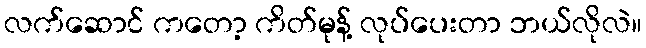
လက်ဆောင် ကတော့ ကိတ်မုန့် လုပ်ပေးတာ ဘယ်လိုလဲ။